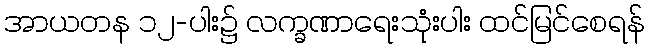
အာယတန ၁၂-ပါး၌ လက္ခဏာရေးသုံးပါး ထင်မြင်စေရန်